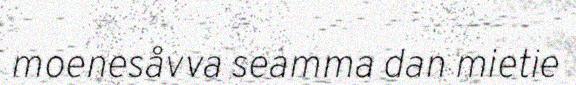
moenesåvva seamma dan mietie